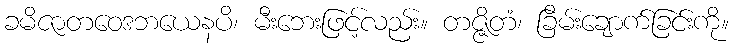
ခမိဇာတဝေဒဘယေနပိ၊ မီးဘေးဖြင့်လည်း။ တဇ္ဇိတံ၊ ခြိမ်းချောက်ခြင်းကို။